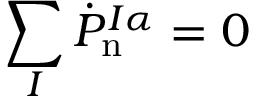
\sum _ { I } \dot { P } _ { \mathrm { n } } ^ { I \alpha } = 0